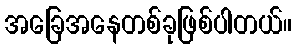
အခြေအနေတစ်ခုဖြစ်ပါတယ်။